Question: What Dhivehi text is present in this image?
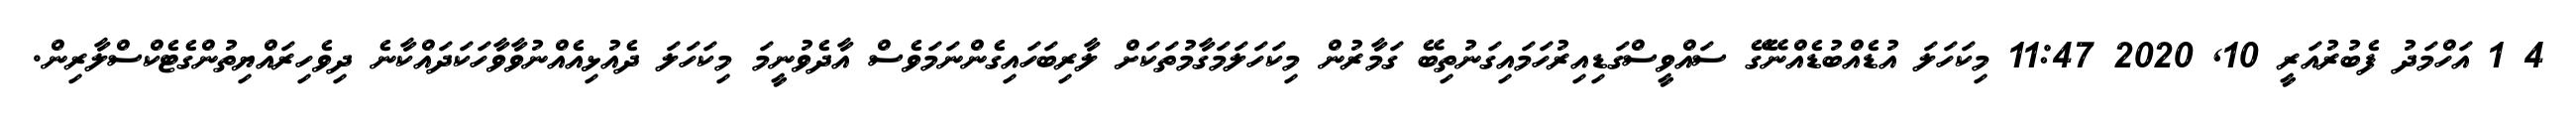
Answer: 4 1 އަހްމަދު ފެބުރުއަރީ 10, 2020 11:47 މިކަހަލަ އުޑެއްބުޑެއްނޭގޭ ސައްވީސްގަޑިއިރުހަމައިގަނުތިބޭ ގަމާރުން މިކަހަލަމަގާމުތަކަށް ލާރިބަހައިގެންނަމަވެސް އާދެވުނީމަ މިކަހަލަ ދެއުޅިއެއްނުވާވާހަކަދައްކާނެ ދިވެހިރައްޔިތުންގެޓެކްސްލާރިން.